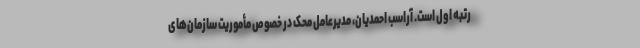
رتبه اول است. آراسب احمدیان، مدیرعامل محک در خصوص مأموریت سازمان‌های